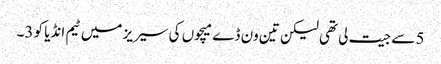
5 سے جیت لی تھی لیکن تین ون ڈے میچوں کی سیریز میں ٹیم انڈیا کو 3۔